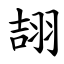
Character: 翓